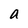
Character: a